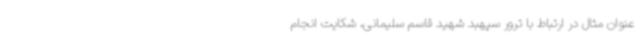
عنوان مثال در ارتباط با ترور سپهبد شهید قاسم سلیمانی، شکایت انجام